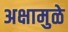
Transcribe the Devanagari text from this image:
अक्षामुळे